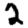
Digit: 2